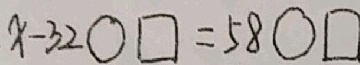
x - 3 2 \bigcirc \square = 5 8 \bigcirc \square